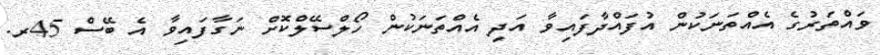
ވައްތަރުގެ އެއްތަނަކުން އުފައްދާފައިވާ އަދި އެއްތަނަކުން ހޯލްސޭލްކޮށް ނަގާފައިވާ އެ ބޭސް 45ރ.